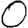
Digit: 0